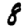
Digit: 8